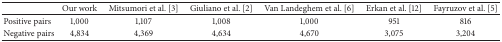
<table><thead><tr><td><b> </b></td><td><b> Our work </b></td><td><b> Mitsumori et al. [3] </b></td><td><b> Giuliano et al. [2] </b></td><td><b> Van Landeghem et al. [6] </b></td><td><b> Erkan et al. [12] </b></td><td><b> Fayruzov et al. [5] </b></td></tr></thead><tbody><tr><td> Positive pairs </td><td> 1,000 </td><td> 1,107 </td><td> 1,008 </td><td> 1,000 </td><td> 951 </td><td> 816 </td></tr><tr><td>Negative pairs </td><td> 4,834 </td><td> 4,369 </td><td> 4,634 </td><td> 4,670 </td><td> 3,075 </td><td> 3,204 </td></tr></tbody></table>